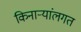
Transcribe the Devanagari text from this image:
किनाऱ्यांलगत